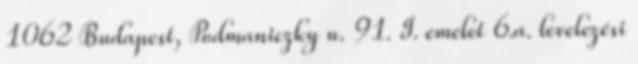
1062 Budapest, Podmaniczky u. 91. I. emelet 6.a. levelezési